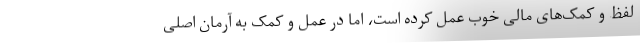
لفظ و کمک­های مالی خوب عمل کرده است، اما در عمل و کمک به آرمان اصلی